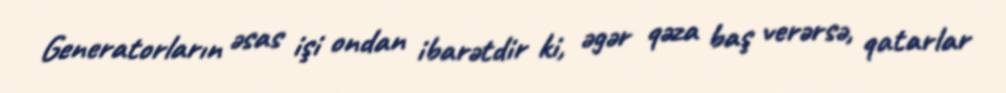
Generatorların əsas işi ondan ibarətdir ki, əgər qəza baş verərsə, qatarlar